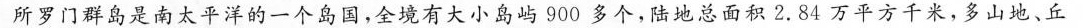
所罗门群岛是南太平洋的一个岛国，全境有大小岛屿900多个，陆地总面积2.84万平方千米，多山地、丘